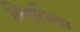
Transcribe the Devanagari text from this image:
नियुक्तिया